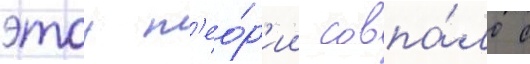
этои т'ео́р'ии совпа́ло с